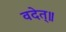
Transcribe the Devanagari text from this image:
वदेत्॥